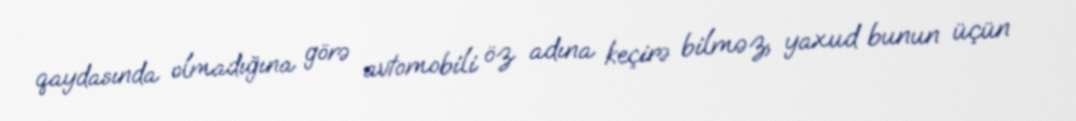
qaydasında olmadığına görə avtomobili öz adına keçirə bilməz, yaxud bunun üçün